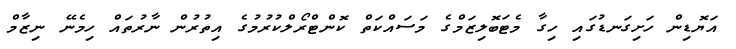
އަޔޮޑިން ހަށިގަނޑުގައި ހިގާ މެޓަބޮލިޒަމްގެ މަސައްކަތް ކޮންޓްރޯލްކުރުމުގެ އިތުރުން ނާރުތައް ހިމެނޭ ނިޒާމް